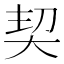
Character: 契